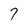
Character: 7